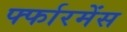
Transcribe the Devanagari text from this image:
र्फ्फारमेंस